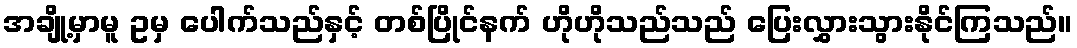
အချို့မှာမူ ဥမှ ပေါက်သည်နှင့် တစ်ပြိုင်နက် ဟိုဟိုသည်သည် ပြေးလွှားသွားနိုင်ကြသည်။